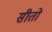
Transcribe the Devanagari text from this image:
सीतो